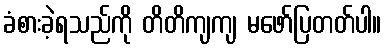
ခံစားခဲ့ရသည်ကို တိတိကျကျ မဖော်ပြတတ်ပါ။